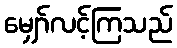
မျှော်လင့်ကြသည်